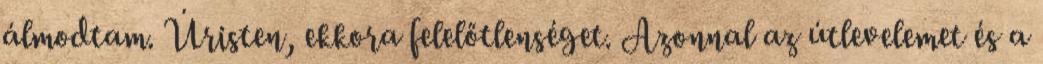
álmodtam. Úristen, ekkora felelőtlenséget. Azonnal az útlevelemet és a